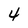
Character: 4